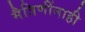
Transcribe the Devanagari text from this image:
मैत्रिणींनाही